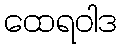
ထေရဝါဒ